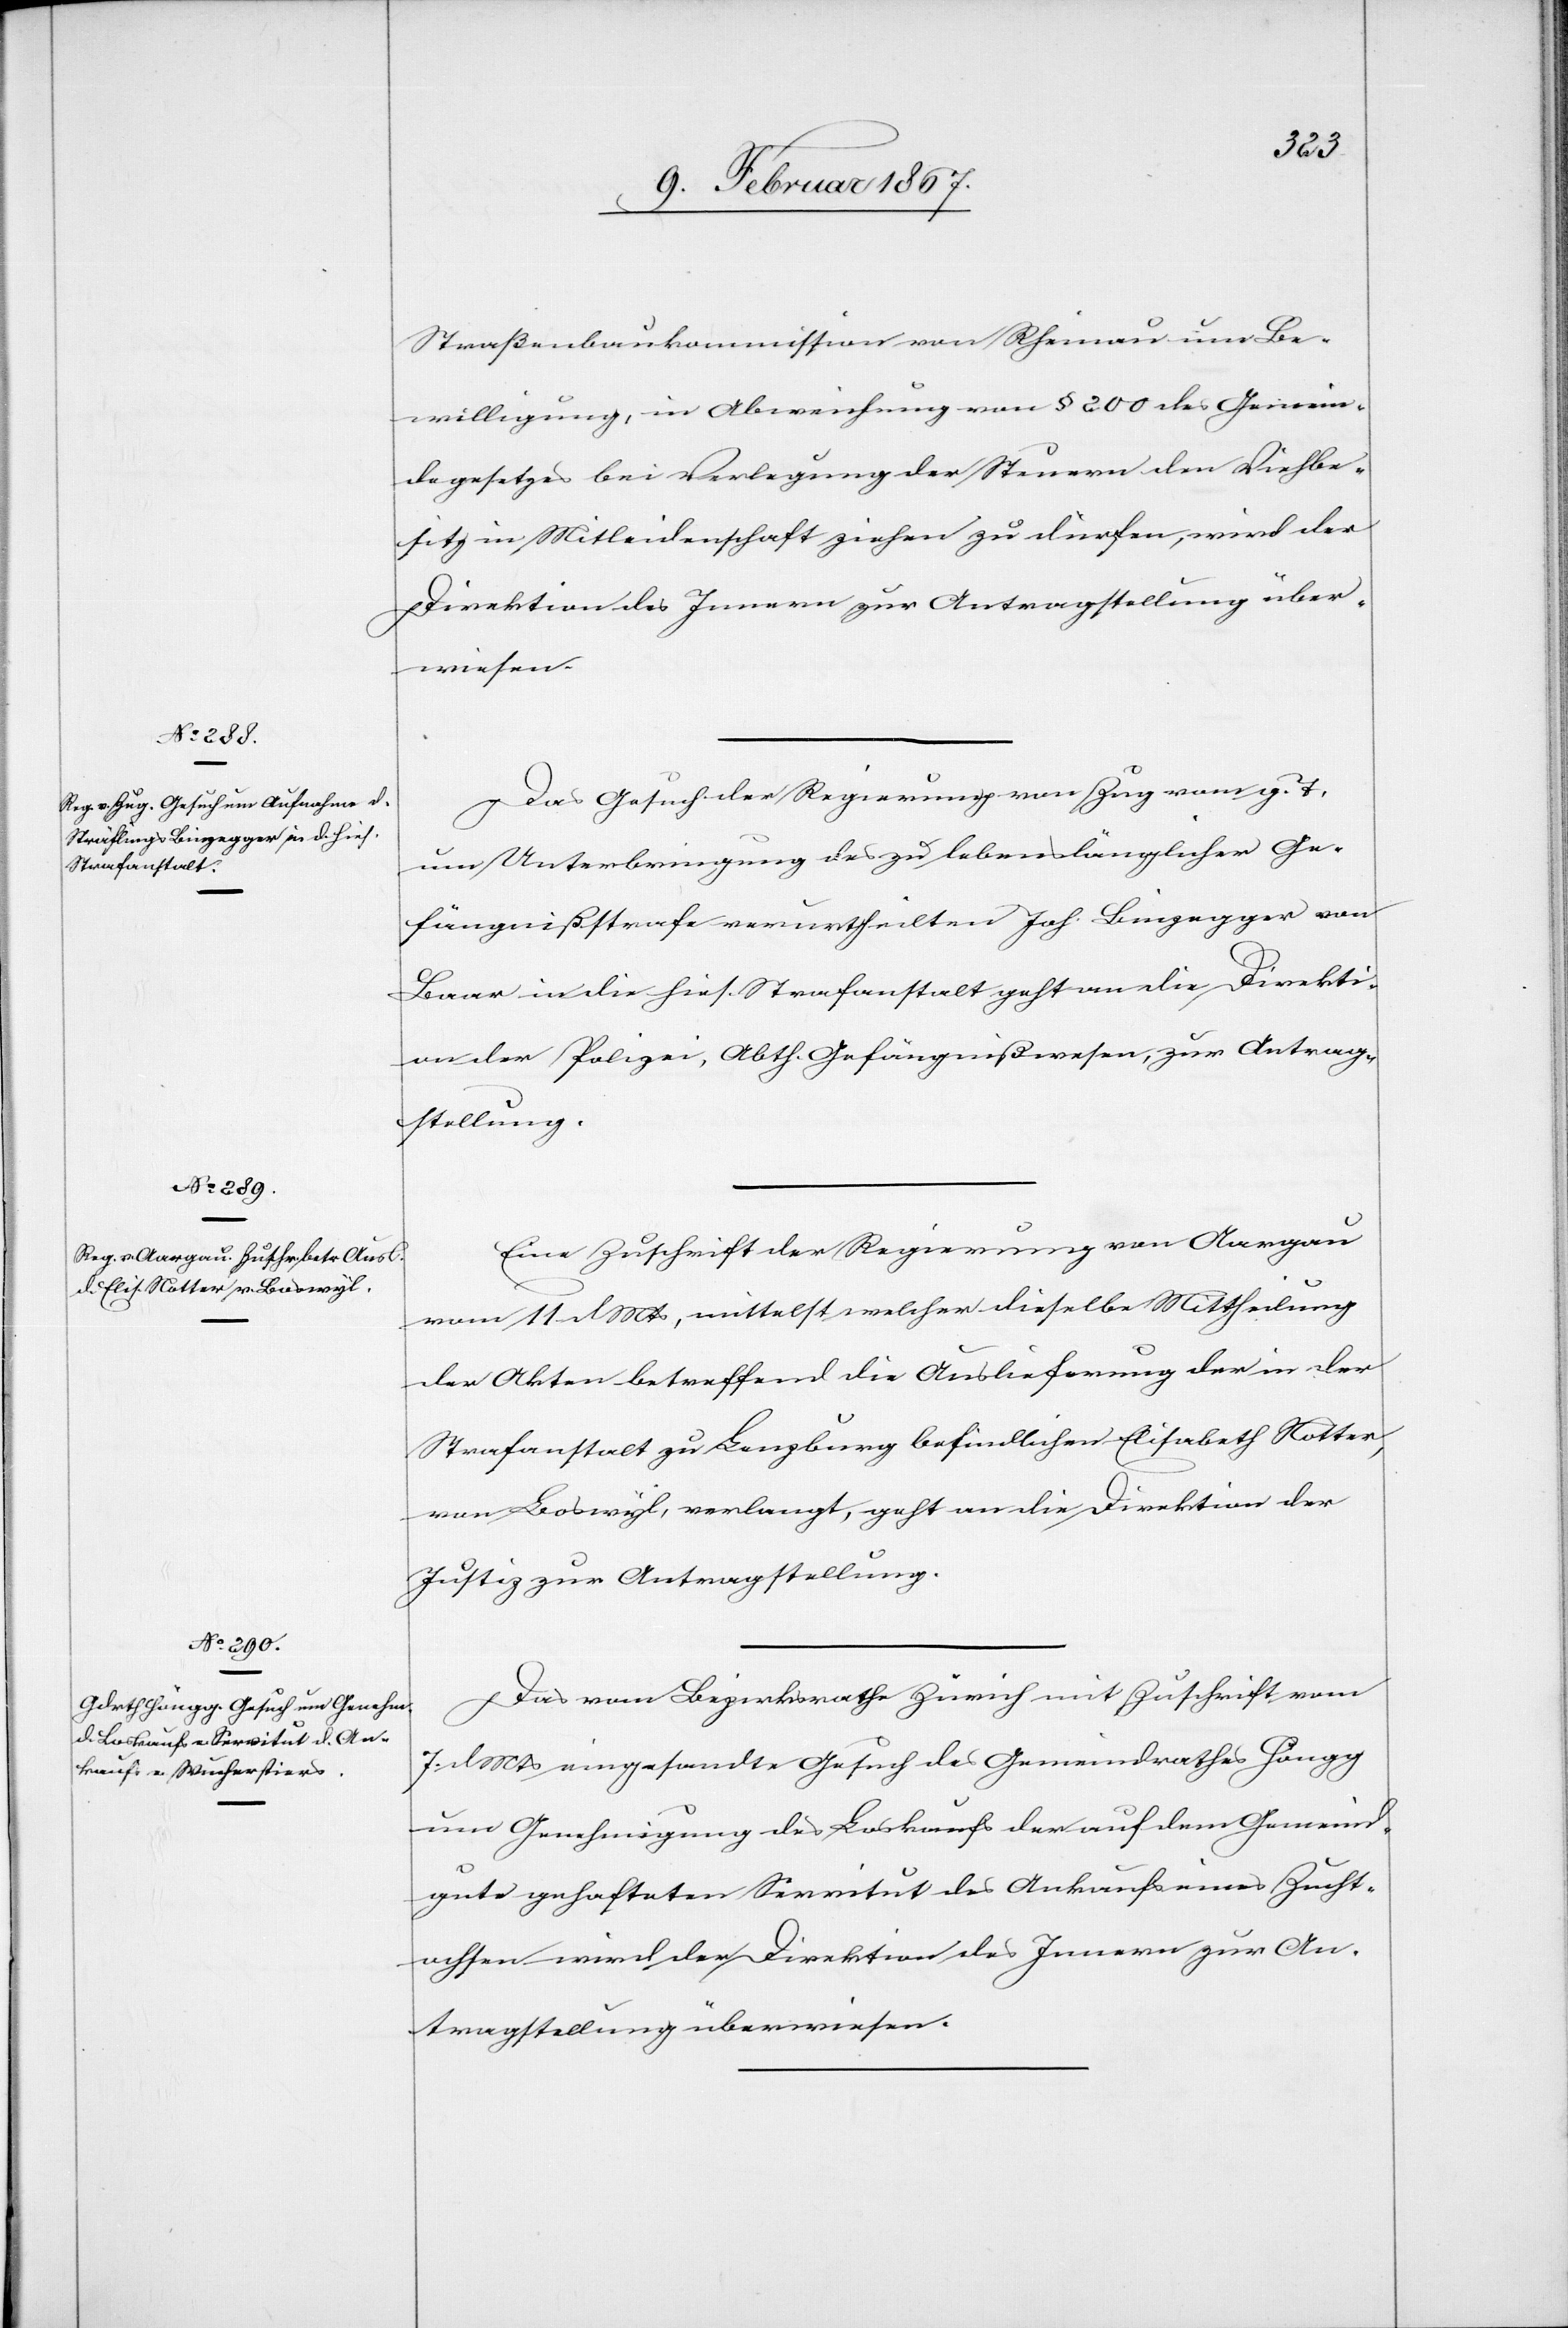
12. Februar 1867.]
Straßenbaukommission von Rheinau um Be¬
willigung, in Abweichung von § 200 des Gemein¬
degesetzes bei Verlegung der Steuern den Viehbe¬
sitz in Mitleidenschaft ziehen zu dürfen, wird der
Direktion des Innern zur Antragstellung über¬
wiesen.
Das Gesuch der Regierung von Zug vom g. T.
um Unterbringung des zu lebenslänglicher Ge¬
fängnißstrafe verurtheilten Joh. Binzegger von
Baar in die hies. Strafanstalt geht an die Direkti¬
on der Polizei, Abth. Gefängnißwesen, zur Antrag¬
stellung.
Eine Zuschrift der Regierung von Aargau
vom 11. d. Mts, mittelst welcher dieselbe Mittheilung
der Akten betreffend die Auslieferung der in der
Strafanstalt zu Lenzburg befindlichen Elisabeth Notter,
von Boswyl, verlangt, geht an die Direktion der
Justiz zur Antragstellung.
Das vom Bezirksrathe Zürich mit Zuschrift vom
7. d. Mts eingesandte Gesuch des Gemeindrathes Höngg
um Genehmigung des Loskaufs der auf dem Gemeind¬
gute gehafteten Servitut des Ankaufs eines Zucht¬
ochsen wird der Direktion des Innern zur An¬
tragstellung überwiesen.